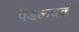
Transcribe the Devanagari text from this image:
पैंडलचक्रों